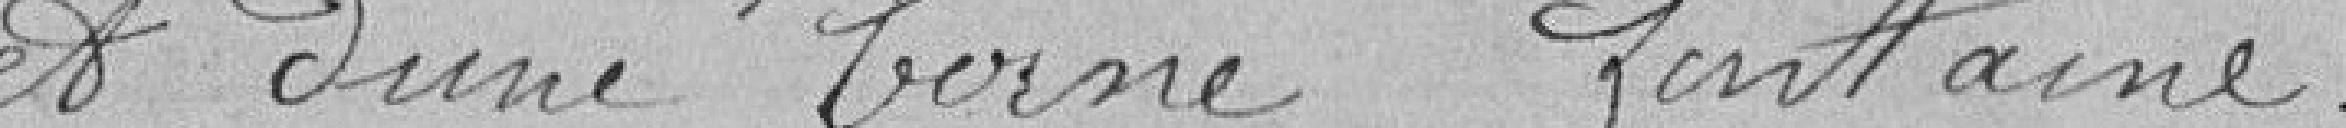
et d'une borne fontaine.